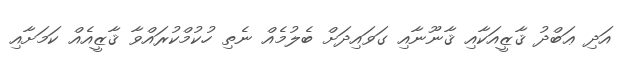
އަދި ޢަބްދު ޤާޒީއަކާއި ޤާނޫނާއި ގަވައިދަށް ބެލުމެއް ނެތި ހުކުމްކުރައްވާ ޤާޒީއެއް ކަމަށާއި